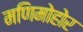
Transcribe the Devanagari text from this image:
मणिमोहोर